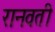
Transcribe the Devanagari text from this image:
रानवती